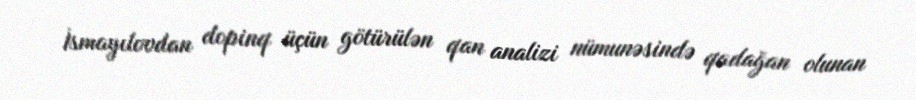
İsmayılovdan dopinq üçün götürülən qan analizi nümunəsində qadağan olunan